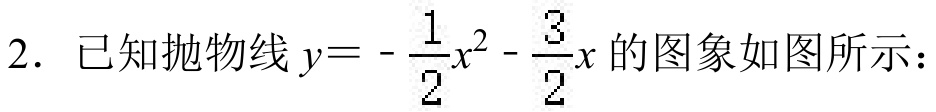
2. 已知抛物线\(y = -\frac{1}{2}x^{2}-\frac{3}{2}x\)的图象如图所示：